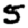
Digit: 5